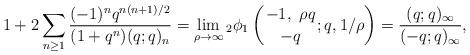
LaTeX: \begin{align*}1+2\sum_{n\geq 1} \frac{(-1)^n q^{n(n+1)/2}}{(1+q^n)(q;q)_n} = \lim_{\rho\rightarrow\infty} {}_2\phi_1 \left( \genfrac{}{}{0pt}{}{-1,\ \rho q}{-q};q, 1/\rho \right) = \frac{(q;q)_\infty}{(-q;q)_\infty},\end{align*}